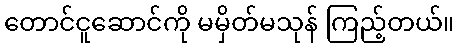
တောင်ငူဆောင်ကို မမှိတ်မသုန် ကြည့်တယ်။